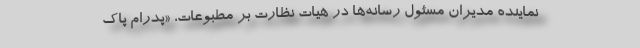
نماینده مدیران مسئول رسانه‌ها در هیات نظارت بر مطبوعات، «پدرام پاک